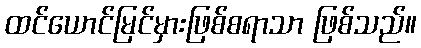
ထင်ယောင်မြင်မှားဖြစ်စရာသာ ဖြစ်သည်။